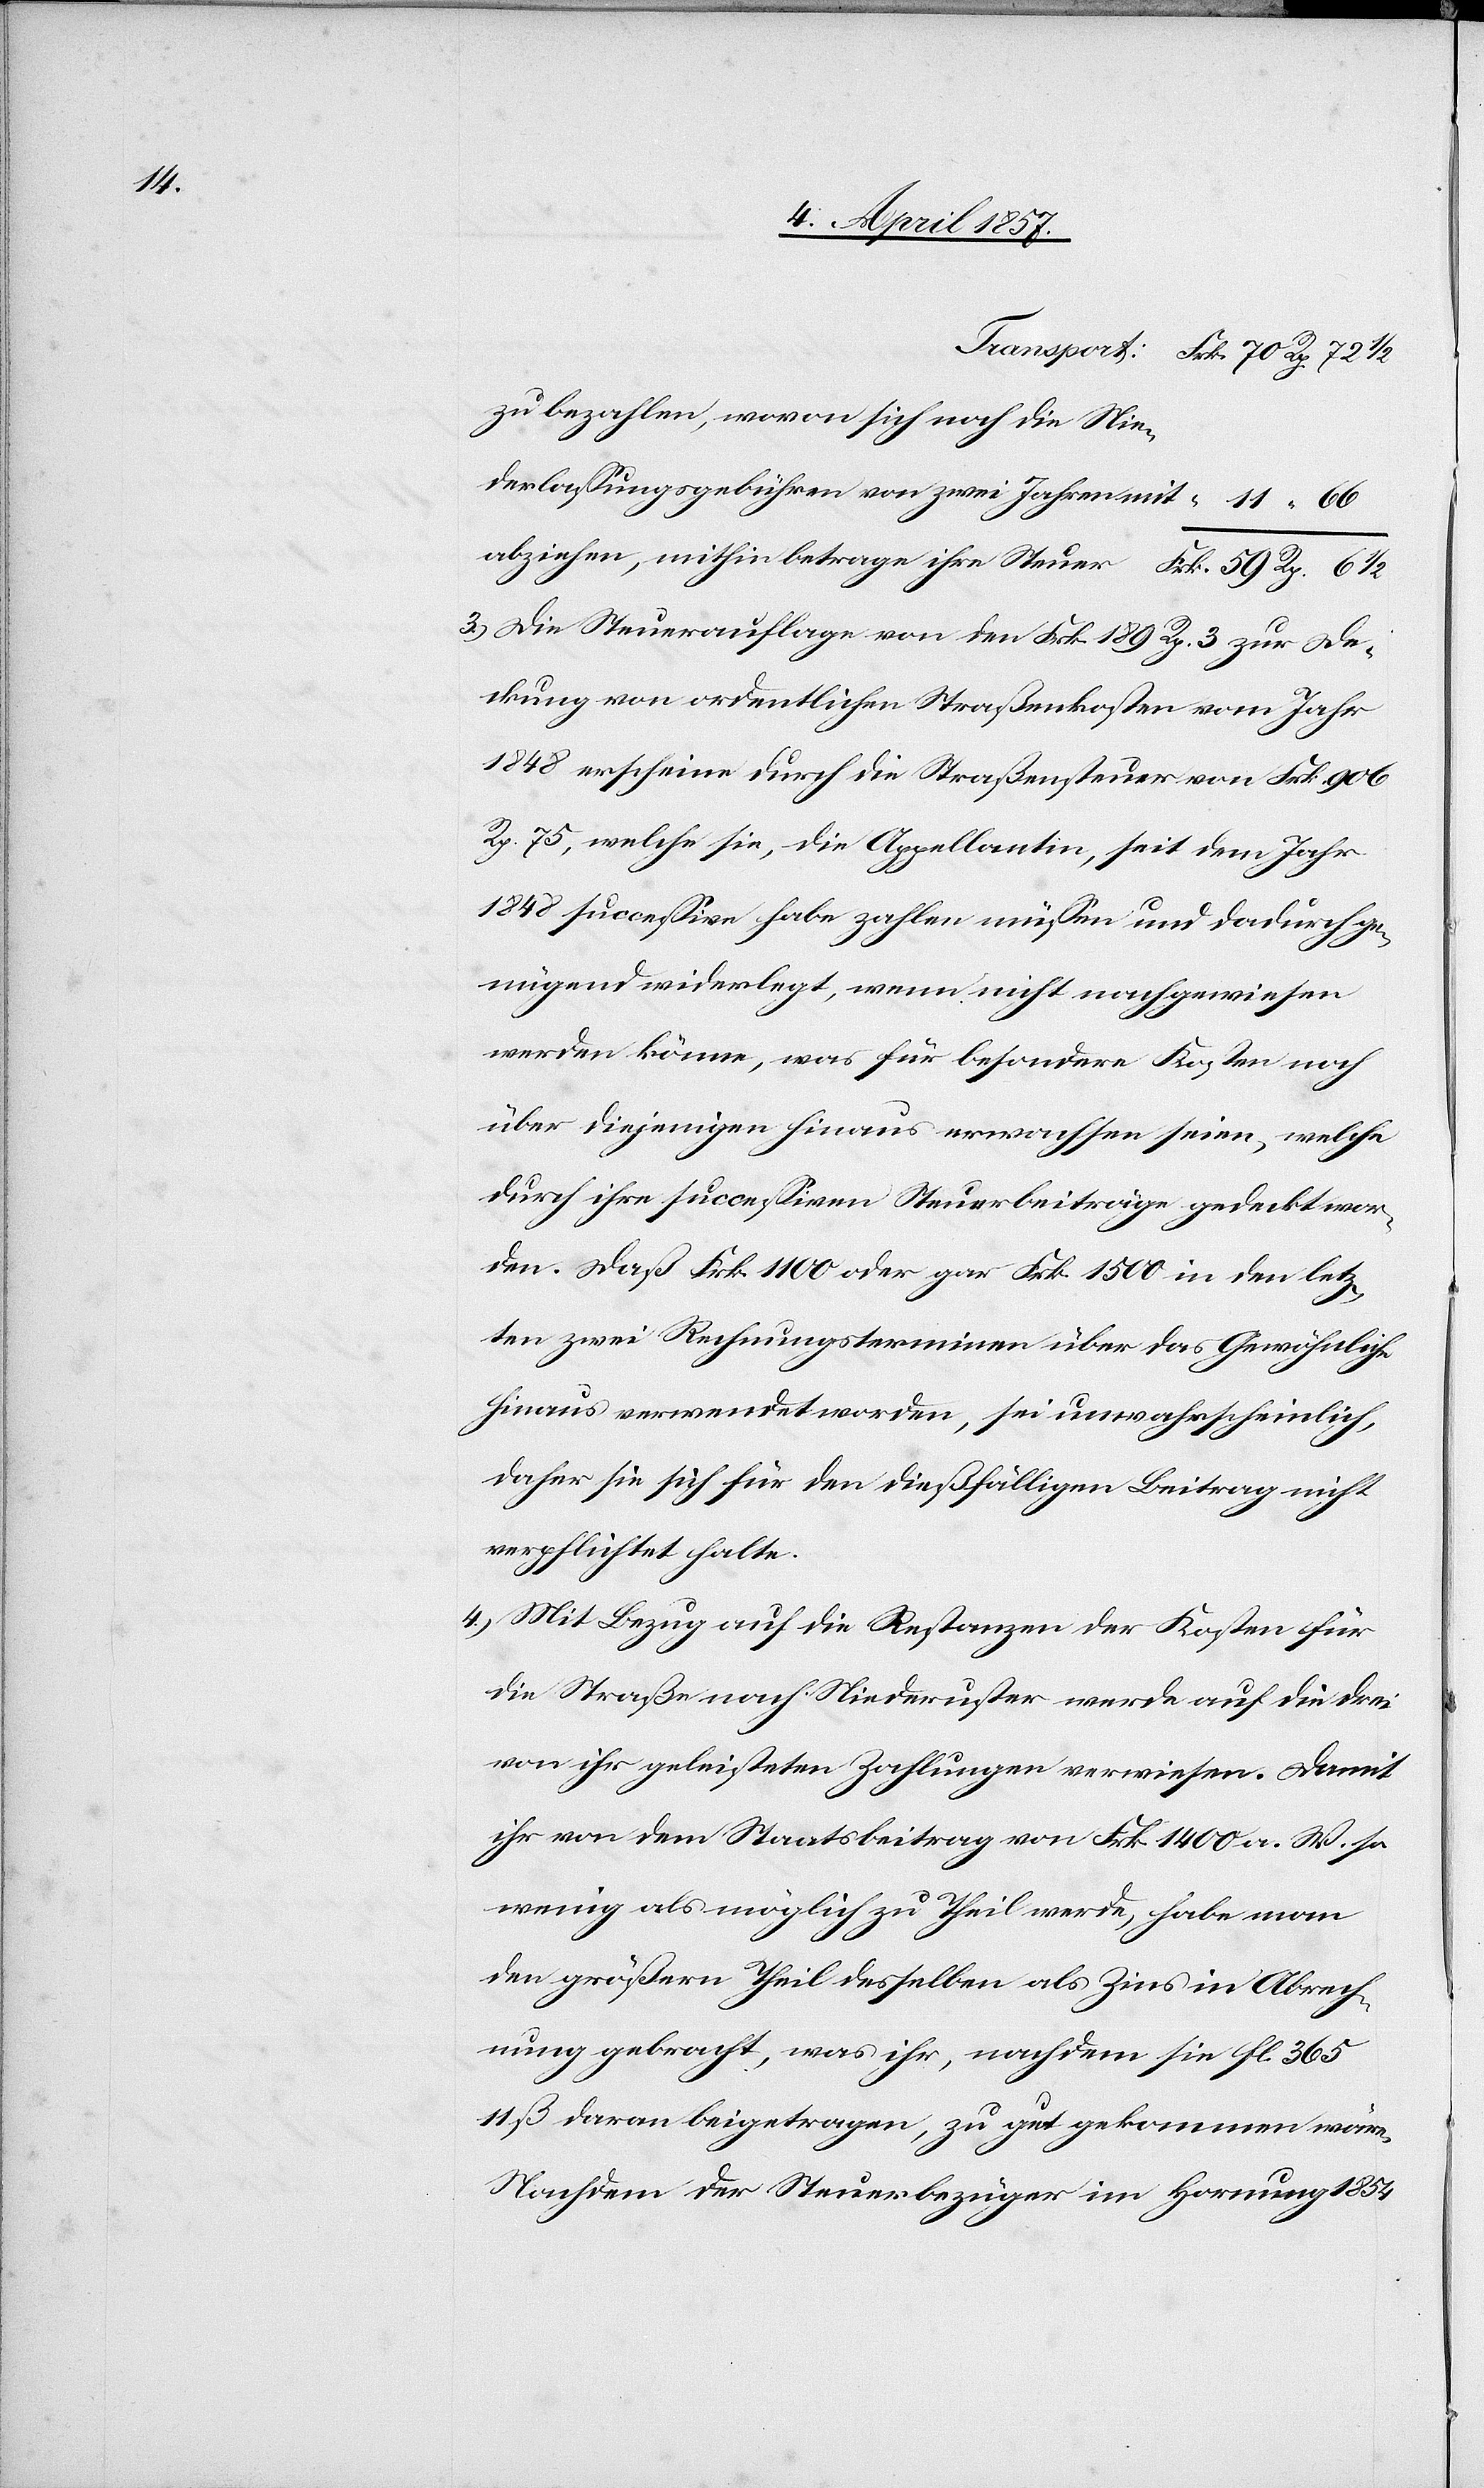
zu bezahlen, wovon sich noch die
Niederlassungsgebühren von zwei Jahren mitabziehen “ 11 “ 66
3.) Die Steuerauflage von den Frk. 189 Rp. 3 zur De¬
ckung von ordentlichen Straßenkosten vom Jahr
1848 erscheine durch die Straßensteuer von Frk. 906
Rp. 75, welche sie, die Appellantin, seit dem Jahr
1848 successive habe zahlen müssen und dadurch ge¬
nügend widerlegt, wenn nicht nachgewiesen
werden könne, was für besondere Kosten noch
über diejenigen hinaus erwachsen seien, welche
durch ihre successiven Steuerbeiträge gedeckt wor¬
den. Daß Frk. 1100 oder gar Frk. 1500 in den letz¬
ten zwei Rechnungsterminen über das Gewöhnliche
hinaus verwendet worden, sei unwahrscheinlich,
daher sie sich für den dießfälligen Beitrag nicht
verpflichtet halte.
4.) Mit Bezug auf die Restanzen der Kosten für
die Straße nach Niederuster werde auf die drei
von ihr geleisteten Zahlungen verwiesen. Damit
ihr von dem Staatsbeitrag von Frk. 1400 a. W. so
wenig als möglich zu Theil werde, habe man
den größern Theil desselben als Zins in Abrech¬
nung gebracht, was ihr, nachdem sie fl. 365
11 ß daran beigetragen, zu gut gekommen wäre.
Nachdem der Steuerbezüger im Hornung 1854